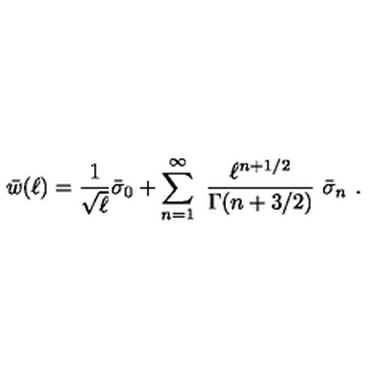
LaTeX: \bar { w } ( \ell ) = { \frac { 1 } { \sqrt { \ell } } } \bar { \sigma } _ { 0 } + \sum _ { n = 1 } ^ { \infty } \ { \frac { \ell ^ { n + 1 / 2 } } { \Gamma ( n + 3 / 2 ) } } \ \bar { \sigma } _ { n } \ .